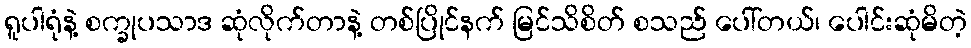
ရူပါရုံနဲ့ စက္ခုပသာဒ ဆုံလိုက်တာနဲ့ တစ်ပြိုင်နက် မြင်သိစိတ် စသည် ပေါ်တယ်၊ ပေါင်းဆုံမိတဲ့